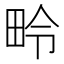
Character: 𪽏